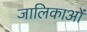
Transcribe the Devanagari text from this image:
जालिकाओं